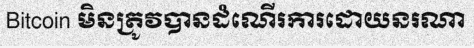
Bitcoin មិនត្រូវបានដំណើរការដោយនរណា